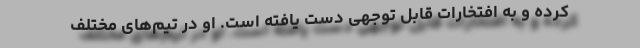
کرده و به افتخارات قابل توجهی دست یافته است. او در تیم‌های مختلف